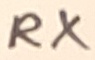
Text: RX